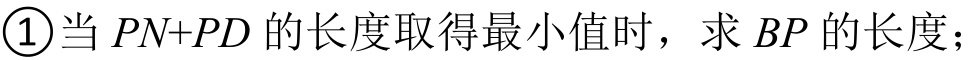
\textcircled{1}当 \(PN + PD\) 的长度取得最小值时，求 \(BP\) 的长度；